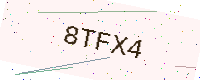
Text: 8TFX4